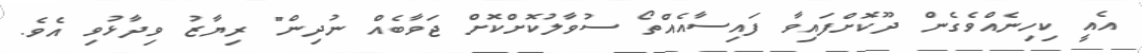
އެއީ ކިހިނެއްވެގެން ދޫކޮށްފައިވާ ފައިސާއެއްތޯ ސުވާލުކޮށްކޮށް ޖަވާބެއް ނުދިން" ރިޔާޒު ވިދާޅުވި އެވެ.